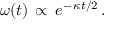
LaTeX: \: \omega ( t ) \, \propto \, e ^ { - \, \kappa t / 2 } \, . \: